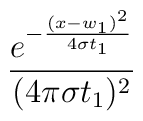
\frac{e^{-\frac{(x-w_1)^2}{4\sigma t_1}}}{(4\pi\sigma t_1)^2}